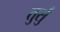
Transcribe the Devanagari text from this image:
तुर्सु